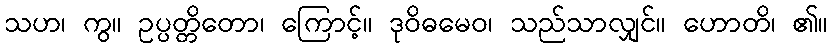
သဟ၊ ကွ။ ဥပ္ပတ္တိတော၊ ကြောင့်။ ဒုဝိဓမေဝ၊ သည်သာလျှင်။ ဟောတိ၊ ၏။